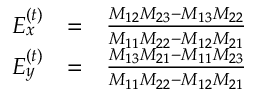
\begin{array} { r l r } { E _ { x } ^ { \left( t \right) } } & { = } & { \frac { M _ { 1 2 } M _ { 2 3 } - M _ { 1 3 } M _ { 2 2 } } { M _ { 1 1 } M _ { 2 2 } - M _ { 1 2 } M _ { 2 1 } } } \\ { E _ { y } ^ { \left( t \right) } } & { = } & { \frac { M _ { 1 3 } M _ { 2 1 } - M _ { 1 1 } M _ { 2 3 } } { M _ { 1 1 } M _ { 2 2 } - M _ { 1 2 } M _ { 2 1 } } } \end{array}